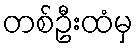
တစ်ဦးထံမှ